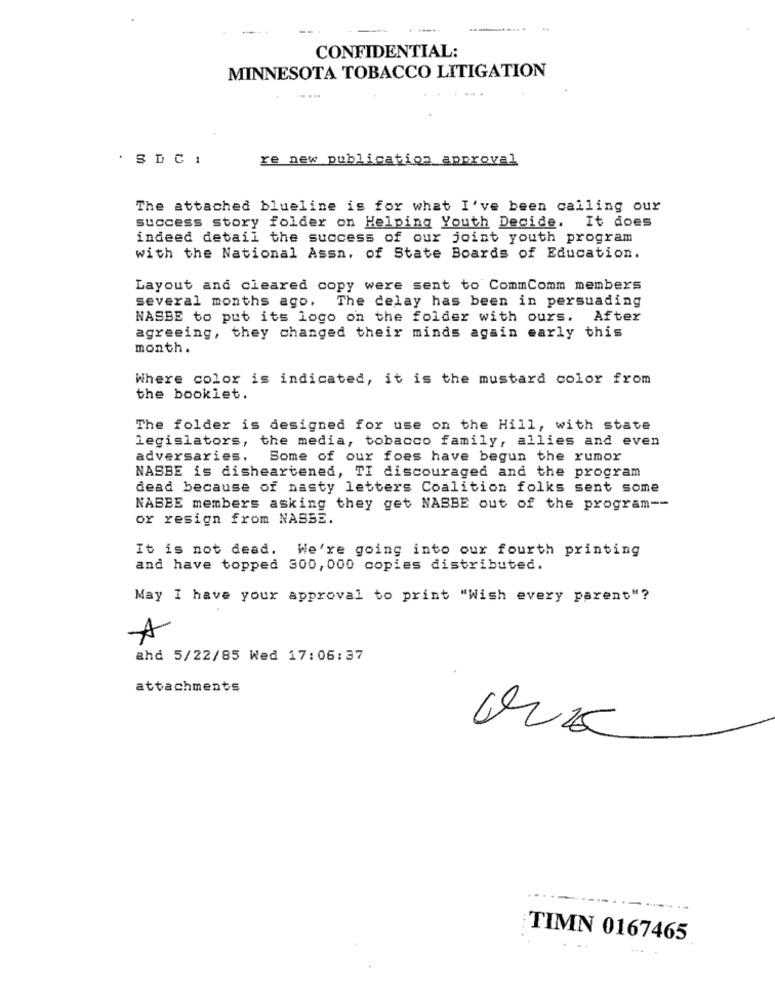
-
CONFIDENTIAL:
MINNESOTA TOBACCO LITIGATION
....
SDC!
re new publication approval
The attached blueline is for what I've been calling our
success story folder on Helping Youth Decide. It does
indeed detail the success of our joint youth program
with the National Assn. of State Boards of Education.
Layout and cleared copy were sent to CommComm members
several months ago. The delay has been in persuading
NASBE to put its logo on the folder with ours. After
agreeing, they changed their minds again early this
month.
Where color is indicated, it is the mustard color from
the booklet.
The folder is designed for use on the Hill, with state
legislators, the media, tobacco family, allies and even
adversaries.
Some of our foes have begun the rumor
NASBE is disheartened, TI discouraged and the program
dead because of nasty letters Coalition folks sent some
NABEE members asking they get NASBE out of the program --
or resign from NASBE.
It is not dead. We're going into our fourth printing
and have topped 300, 000 copies distributed.
May I have your approval to print "Wish every parent"?
A
ahd 5/22/85 Wed 17:06:37
attachments
:TIMN 0167465